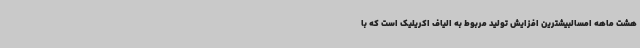
هشت ماهه امسالبیشترین افزایش تولید مربوط به الیاف اکریلیک است که با